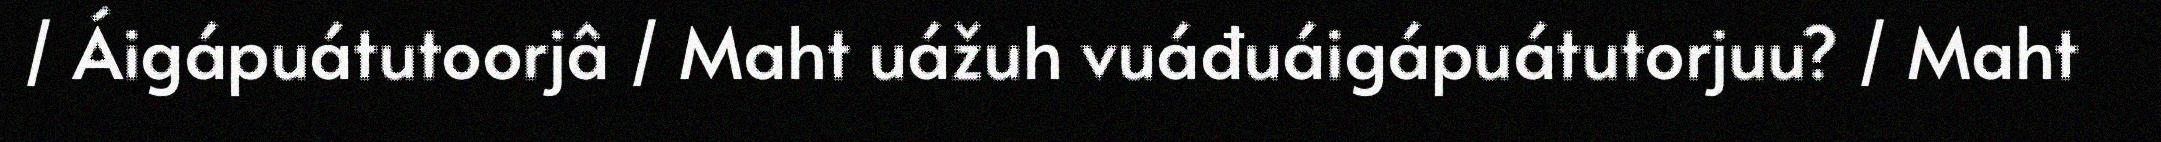
/ Áigápuátutoorjâ / Maht uážuh vuáđuáigápuátutorjuu? / Maht